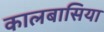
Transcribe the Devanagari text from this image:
कालबासिया